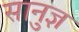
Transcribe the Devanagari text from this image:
सानुज्ञ